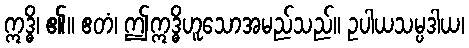
ဣဒ္ဓိ၊ ၏။ ဧတံ၊ ဤဣဒ္ဓိဟူသောအမည်သည်။ ဥပါယသမ္ပဒါယ၊